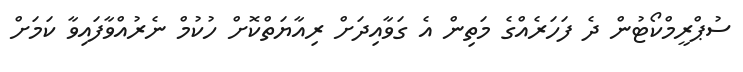
ސުޕްރީމްކޯޓުން ދެ ފަހަރެއްގެ މަތިން އެ ގަވާއިދަށް ރިއާޔަތްކޮށް ހުކުމް ނެރުއްވާފައިވާ ކަމަށް